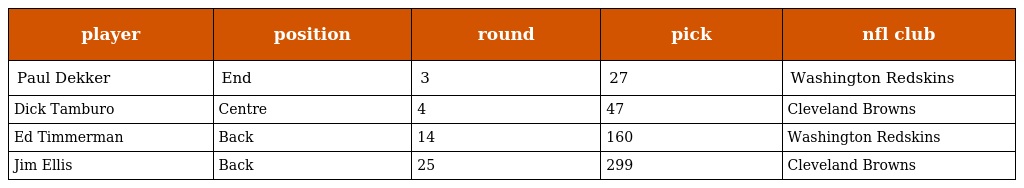
| player | position | round | pick | nfl club |
 | --- | --- | --- | --- | --- |
 | Paul Dekker | End | 3 | 27 | Washington Redskins |
 | Dick Tamburo | Centre | 4 | 47 | Cleveland Browns |
 | Ed Timmerman | Back | 14 | 160 | Washington Redskins |
 | Jim Ellis | Back | 25 | 299 | Cleveland Browns |